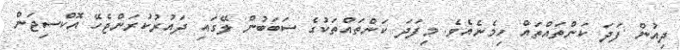
ދިއުން ފަދަ ކަންތައްތައް ހިމެނެއެވެ. މިފަދަ ކަންތައްތަކުގެ ސަބަބުން ލޭގައި ދައުރުކުރަންޖެހޭ އޮކްސިޖަން